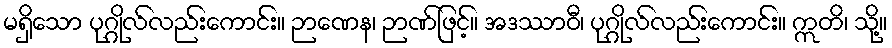
မရှိသော ပုဂ္ဂိုလ်လည်းကောင်း။ ဉာဏေန၊ ဉာဏ်ဖြင့်။ အဒဿာဝီ၊ ပုဂ္ဂိုလ်လည်းကောင်း။ ဣတိ၊ သို့။